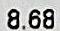
8.68